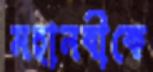
মহানবীকে